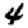
Digit: 4